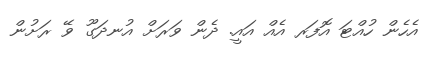
އެހެން ހުއްޓަ އޮފަރ އެއް އައީ. ދެން ވަރަށް އުނދަގޫ ވޭ ރަށުން